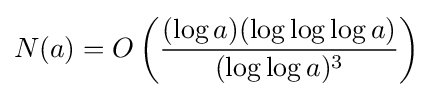
N(a)=O\left({\frac {(\log a)(\log \log \log a)}{(\log \log a)^{3}}}\right)